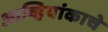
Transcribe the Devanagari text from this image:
आव्हियांकाचे